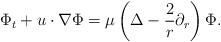
LaTeX: \begin{align*}\Phi_{t}+u\cdot \nabla \Phi&=\mu\left(\Delta -\frac{2}{r}\partial_r\right)\Phi.\end{align*}